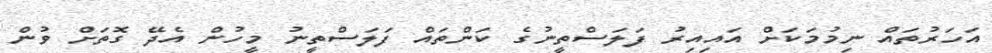
އަހަރުތައް ނިމުމަކަށް އައިއިރު ފަލަސްތީނުގެ ކަންތައް ފަލަސްތީނު މީހުން އެދޭ ގޮތަށް ވުން